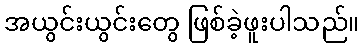
အယွင်းယွင်းတွေ ဖြစ်ခဲ့ဖူးပါသည်။